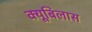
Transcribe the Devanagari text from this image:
क्यूबिलास